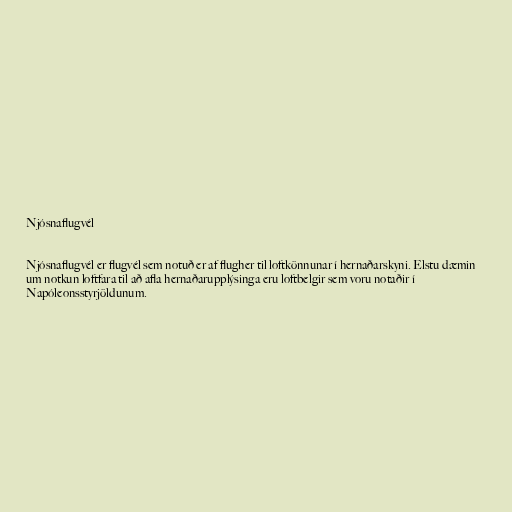
Njósnaflugvél

Njósnaflugvél er flugvél sem notuð er af flugher til loftkönnunar í hernaðarskyni. Elstu dæmin
um notkun loftfara til að afla hernaðarupplýsinga eru loftbelgir sem voru notaðir í
Napóleonsstyrjöldunum.